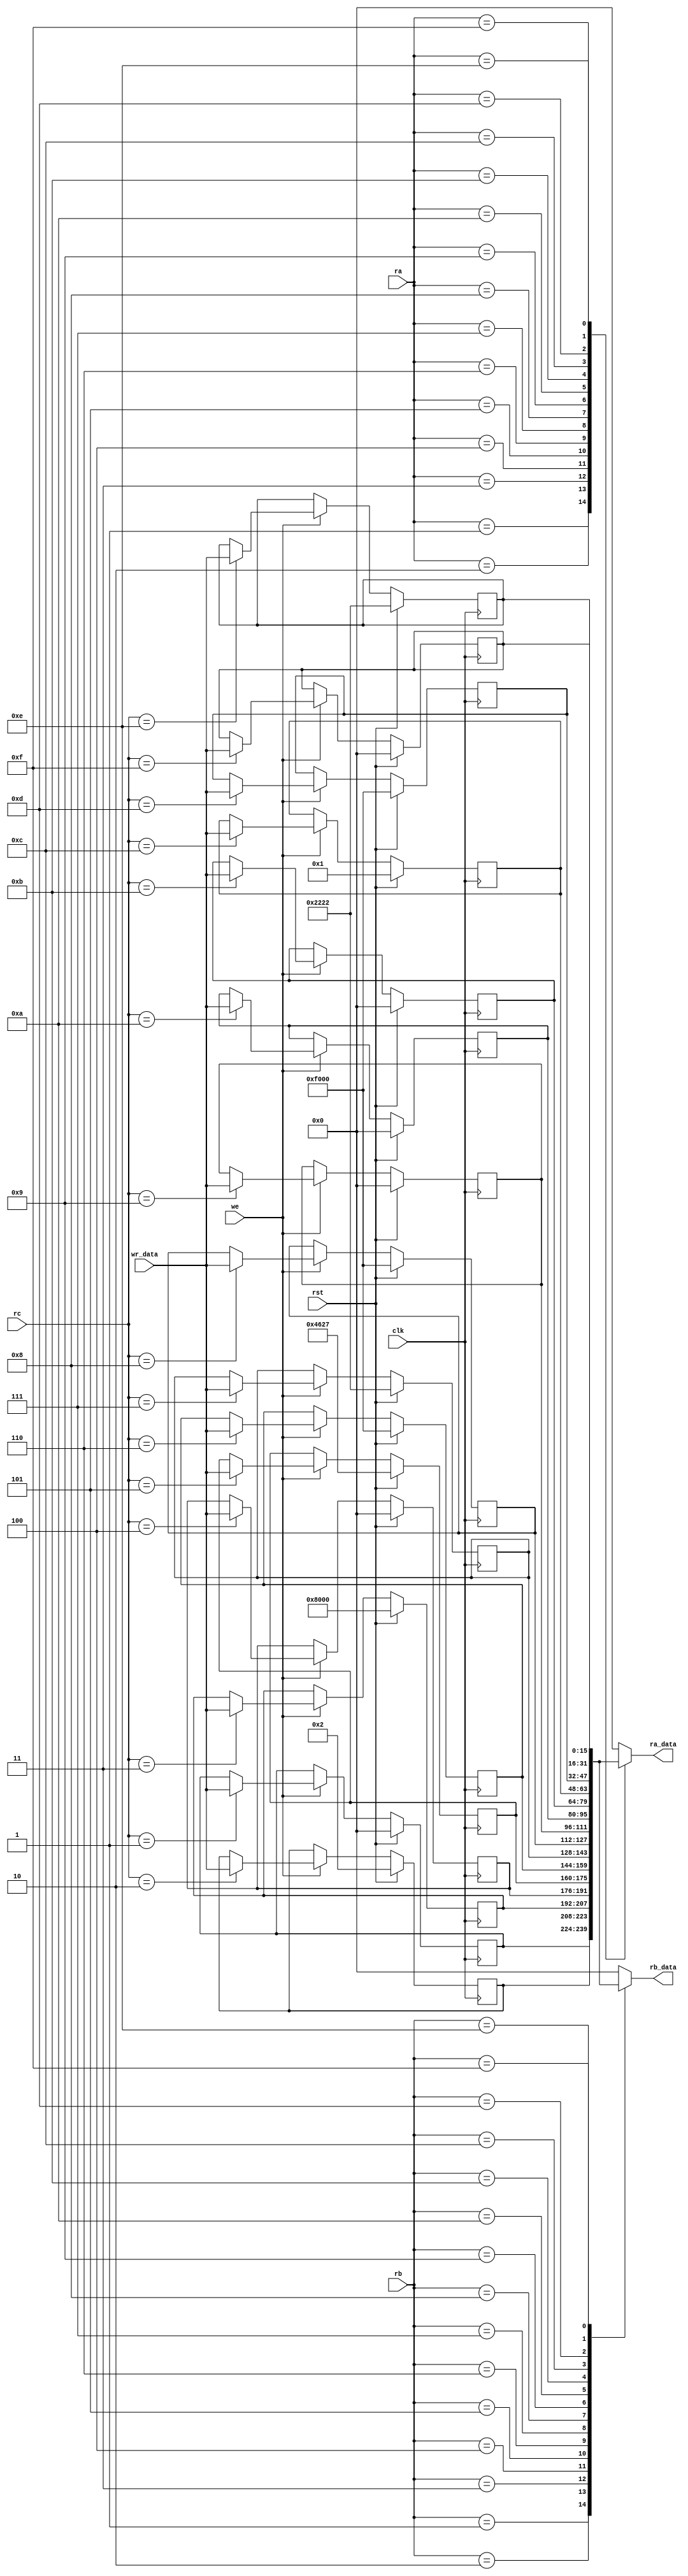
/*
   This file was generated automatically by Alchitry Labs version 1.2.7.
   Do not edit this file directly. Instead edit the original Lucid source.
   This is a temporary file and any changes made to it will be destroyed.
*/

module regfile_8 (
    input clk,
    input rst,
    input [4:0] ra,
    input [4:0] rb,
    input [4:0] rc,
    input we,
    input [15:0] wr_data,
    output reg [15:0] ra_data,
    output reg [15:0] rb_data
  );
  
  
  
  reg [15:0] M_reg_current_position_d, M_reg_current_position_q = 1'h0;
  
  reg [15:0] M_reg_current_colour_d, M_reg_current_colour_q = 2'h2;
  
  reg [15:0] M_reg_current_guess_count_d, M_reg_current_guess_count_q = 16'h8000;
  
  reg [15:0] M_reg_game_mode_d, M_reg_game_mode_q = 1'h0;
  
  reg [15:0] M_reg_code_d, M_reg_code_q = 15'h4627;
  
  reg [15:0] M_reg_code_helper_d, M_reg_code_helper_q = 16'hf000;
  
  reg [15:0] M_reg_guess_d, M_reg_guess_q = 16'h2222;
  
  reg [15:0] M_reg_guess_helper_d, M_reg_guess_helper_q = 16'hf000;
  
  reg [15:0] M_reg_hint_d, M_reg_hint_q = 1'h0;
  
  reg [15:0] M_reg_temp_code_d, M_reg_temp_code_q = 1'h0;
  
  reg [15:0] M_reg_temp_guess_d, M_reg_temp_guess_q = 1'h0;
  
  reg [15:0] M_reg_temp_counter_d, M_reg_temp_counter_q = 1'h1;
  
  reg [15:0] M_reg_xor_d, M_reg_xor_q = 16'hf000;
  
  reg [15:0] M_reg_led_colour_d, M_reg_led_colour_q = 16'h2222;
  
  reg [15:0] M_reg_temp_d, M_reg_temp_q = 1'h0;
  
  always @* begin
    M_reg_current_guess_count_d = M_reg_current_guess_count_q;
    M_reg_led_colour_d = M_reg_led_colour_q;
    M_reg_guess_helper_d = M_reg_guess_helper_q;
    M_reg_xor_d = M_reg_xor_q;
    M_reg_code_helper_d = M_reg_code_helper_q;
    M_reg_temp_counter_d = M_reg_temp_counter_q;
    M_reg_temp_d = M_reg_temp_q;
    M_reg_temp_code_d = M_reg_temp_code_q;
    M_reg_current_position_d = M_reg_current_position_q;
    M_reg_current_colour_d = M_reg_current_colour_q;
    M_reg_game_mode_d = M_reg_game_mode_q;
    M_reg_hint_d = M_reg_hint_q;
    M_reg_temp_guess_d = M_reg_temp_guess_q;
    M_reg_guess_d = M_reg_guess_q;
    M_reg_code_d = M_reg_code_q;
    
    ra_data = 16'h0000;
    rb_data = 16'h0000;
    if (we) begin
      
      case (rc)
        4'h1: begin
          M_reg_current_position_d = wr_data;
        end
        4'h2: begin
          M_reg_current_colour_d = wr_data;
        end
        4'h3: begin
          M_reg_current_guess_count_d = wr_data;
        end
        4'h4: begin
          M_reg_game_mode_d = wr_data;
        end
        4'h5: begin
          M_reg_code_d = wr_data;
        end
        4'h6: begin
          M_reg_code_helper_d = wr_data;
        end
        4'h7: begin
          M_reg_guess_d = wr_data;
        end
        4'h8: begin
          M_reg_guess_helper_d = wr_data;
        end
        4'h9: begin
          M_reg_hint_d = wr_data;
        end
        4'ha: begin
          M_reg_temp_code_d = wr_data;
        end
        4'hb: begin
          M_reg_temp_guess_d = wr_data;
        end
        4'hc: begin
          M_reg_temp_counter_d = wr_data;
        end
        4'hd: begin
          M_reg_xor_d = wr_data;
        end
        4'he: begin
          M_reg_led_colour_d = wr_data;
        end
        4'hf: begin
          M_reg_temp_d = wr_data;
        end
      endcase
    end
    
    case (ra)
      4'h1: begin
        ra_data = M_reg_current_position_q;
      end
      4'h2: begin
        ra_data = M_reg_current_colour_q;
      end
      4'h3: begin
        ra_data = M_reg_current_guess_count_q;
      end
      4'h4: begin
        ra_data = M_reg_game_mode_q;
      end
      4'h5: begin
        ra_data = M_reg_code_q;
      end
      4'h6: begin
        ra_data = M_reg_code_helper_q;
      end
      4'h7: begin
        ra_data = M_reg_guess_q;
      end
      4'h8: begin
        ra_data = M_reg_guess_helper_q;
      end
      4'h9: begin
        ra_data = M_reg_hint_q;
      end
      4'ha: begin
        ra_data = M_reg_temp_code_q;
      end
      4'hb: begin
        ra_data = M_reg_temp_guess_q;
      end
      4'hc: begin
        ra_data = M_reg_temp_counter_q;
      end
      4'hd: begin
        ra_data = M_reg_xor_q;
      end
      4'he: begin
        ra_data = M_reg_led_colour_q;
      end
      4'hf: begin
        ra_data = M_reg_temp_q;
      end
      default: begin
        ra_data = 16'h0000;
      end
    endcase
    
    case (rb)
      4'h1: begin
        rb_data = M_reg_current_position_q;
      end
      4'h2: begin
        rb_data = M_reg_current_colour_q;
      end
      4'h3: begin
        rb_data = M_reg_current_guess_count_q;
      end
      4'h4: begin
        rb_data = M_reg_game_mode_q;
      end
      4'h5: begin
        rb_data = M_reg_code_q;
      end
      4'h6: begin
        rb_data = M_reg_code_helper_q;
      end
      4'h7: begin
        rb_data = M_reg_guess_q;
      end
      4'h8: begin
        rb_data = M_reg_guess_helper_q;
      end
      4'h9: begin
        rb_data = M_reg_hint_q;
      end
      4'ha: begin
        rb_data = M_reg_temp_code_q;
      end
      4'hb: begin
        rb_data = M_reg_temp_guess_q;
      end
      4'hc: begin
        rb_data = M_reg_temp_counter_q;
      end
      4'hd: begin
        rb_data = M_reg_xor_q;
      end
      4'he: begin
        rb_data = M_reg_led_colour_q;
      end
      4'hf: begin
        rb_data = M_reg_temp_q;
      end
      default: begin
        rb_data = 16'h0000;
      end
    endcase
  end
  
  always @(posedge clk) begin
    if (rst == 1'b1) begin
      M_reg_hint_q <= 1'h0;
    end else begin
      M_reg_hint_q <= M_reg_hint_d;
    end
  end
  
  
  always @(posedge clk) begin
    if (rst == 1'b1) begin
      M_reg_temp_guess_q <= 1'h0;
    end else begin
      M_reg_temp_guess_q <= M_reg_temp_guess_d;
    end
  end
  
  
  always @(posedge clk) begin
    if (rst == 1'b1) begin
      M_reg_led_colour_q <= 16'h2222;
    end else begin
      M_reg_led_colour_q <= M_reg_led_colour_d;
    end
  end
  
  
  always @(posedge clk) begin
    if (rst == 1'b1) begin
      M_reg_game_mode_q <= 1'h0;
    end else begin
      M_reg_game_mode_q <= M_reg_game_mode_d;
    end
  end
  
  
  always @(posedge clk) begin
    if (rst == 1'b1) begin
      M_reg_temp_code_q <= 1'h0;
    end else begin
      M_reg_temp_code_q <= M_reg_temp_code_d;
    end
  end
  
  
  always @(posedge clk) begin
    if (rst == 1'b1) begin
      M_reg_temp_q <= 1'h0;
    end else begin
      M_reg_temp_q <= M_reg_temp_d;
    end
  end
  
  
  always @(posedge clk) begin
    if (rst == 1'b1) begin
      M_reg_current_guess_count_q <= 16'h8000;
    end else begin
      M_reg_current_guess_count_q <= M_reg_current_guess_count_d;
    end
  end
  
  
  always @(posedge clk) begin
    if (rst == 1'b1) begin
      M_reg_code_helper_q <= 16'hf000;
    end else begin
      M_reg_code_helper_q <= M_reg_code_helper_d;
    end
  end
  
  
  always @(posedge clk) begin
    if (rst == 1'b1) begin
      M_reg_current_position_q <= 1'h0;
    end else begin
      M_reg_current_position_q <= M_reg_current_position_d;
    end
  end
  
  
  always @(posedge clk) begin
    if (rst == 1'b1) begin
      M_reg_temp_counter_q <= 1'h1;
    end else begin
      M_reg_temp_counter_q <= M_reg_temp_counter_d;
    end
  end
  
  
  always @(posedge clk) begin
    if (rst == 1'b1) begin
      M_reg_guess_helper_q <= 16'hf000;
    end else begin
      M_reg_guess_helper_q <= M_reg_guess_helper_d;
    end
  end
  
  
  always @(posedge clk) begin
    if (rst == 1'b1) begin
      M_reg_guess_q <= 16'h2222;
    end else begin
      M_reg_guess_q <= M_reg_guess_d;
    end
  end
  
  
  always @(posedge clk) begin
    if (rst == 1'b1) begin
      M_reg_current_colour_q <= 2'h2;
    end else begin
      M_reg_current_colour_q <= M_reg_current_colour_d;
    end
  end
  
  
  always @(posedge clk) begin
    if (rst == 1'b1) begin
      M_reg_code_q <= 15'h4627;
    end else begin
      M_reg_code_q <= M_reg_code_d;
    end
  end
  
  
  always @(posedge clk) begin
    if (rst == 1'b1) begin
      M_reg_xor_q <= 16'hf000;
    end else begin
      M_reg_xor_q <= M_reg_xor_d;
    end
  end
  
endmodule